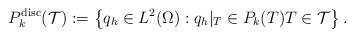
LaTeX: \begin{align*}{{P}}_k^{\mathrm{disc}}(\mathcal{T}):=\left\{q_h\in L^2(\Omega): q_h|_T\in P_k(T) T\in \mathcal{T}\right\}.\end{align*}